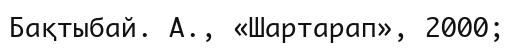
Бақтыбай. А., «Шартарап», 2000;